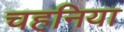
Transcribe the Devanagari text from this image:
चहनिया